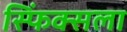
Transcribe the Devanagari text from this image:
स्फिंक्सला